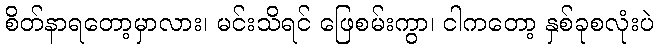
စိတ်နာရတော့မှာလား၊ မင်းသိရင် ဖြေစမ်းကွာ၊ ငါကတော့ နှစ်ခုစလုံးပဲ